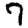
Digit: 7